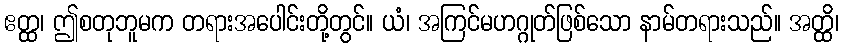
ဧတ္ထ၊ ဤစတုဘူမက တရားအပေါင်းတို့တွင်။ ယံ၊ အကြင်မဟဂ္ဂုတ်ဖြစ်သော နာမ်တရားသည်။ အတ္ထိ၊